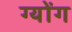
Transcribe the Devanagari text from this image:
ग्योंग